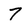
Character: 7